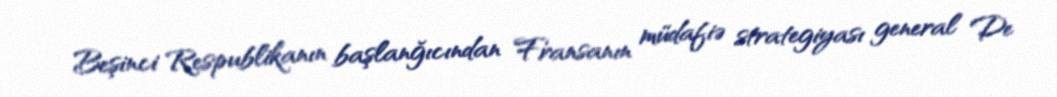
Beşinci Respublikanın başlanğıcından Fransanın müdafiə strategiyası general De